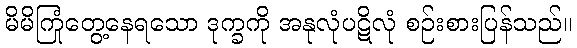
မိမိကြုံတွေ့နေရသော ဒုက္ခကို အနုလုံပဋိလုံ စဉ်းစားပြန်သည်။